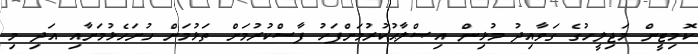
ކޮމިޓީން މަޖިލީހުގެ ގަވާއިދު މުޅިން އިޞްލާޙުކުރުމަށްފަހު ފާސްކުރުމަށް ތަޅުމަށް ހުށަހެޅުމަށާއި އަދި މި